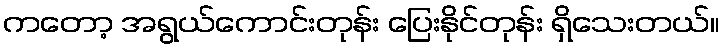
ကတော့ အရွယ်ကောင်းတုန်း ပြေးနိုင်တုန်း ရှိသေးတယ်။